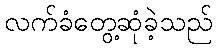
လက်ခံတွေ့ဆုံခဲ့သည်